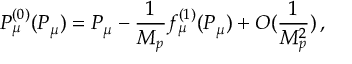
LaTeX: P _ { \mu } ^ { ( 0 ) } ( P _ { \mu } ) = P _ { \mu } - \frac { 1 } { M _ { p } } f _ { \mu } ^ { ( 1 ) } ( P _ { \mu } ) + { \cal O } ( \frac { 1 } { M _ { p } ^ { 2 } } ) \, ,